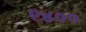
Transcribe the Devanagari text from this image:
९४००